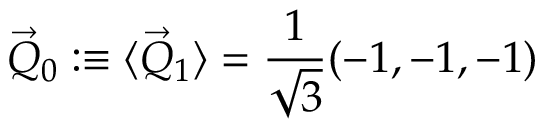
\vec { Q } _ { 0 } : \equiv \langle \vec { Q } _ { 1 } \rangle = \frac { 1 } { \sqrt { 3 } } ( - 1 , - 1 , - 1 )